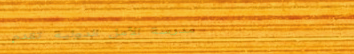
مدرسة الأمل الدولية تقدم